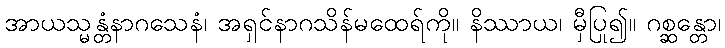
အာယသ္မန္တံနာဂသေနံ၊ အရှင်နာဂသိန်မထေရ်ကို။ နိဿာယ၊ မှီပြု၍။ ဂစ္ဆန္တော၊